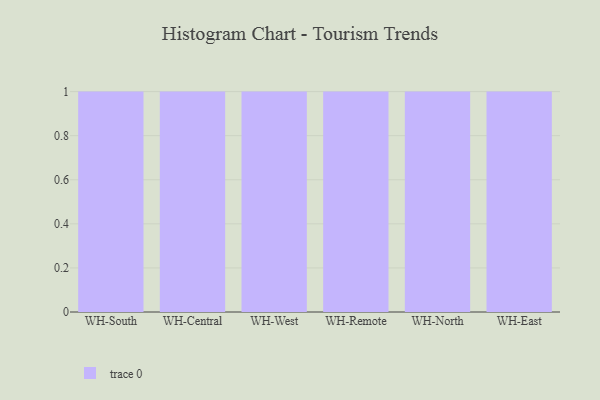
{"axis": {"x": "Warehouse", "y": "Inventory Turnover"}, "legend": [""], "data": [{"x": "WH-South", "y": 39, "type": ""}, {"x": "WH-Central", "y": 53, "type": ""}, {"x": "WH-West", "y": 55, "type": ""}, {"x": "WH-Remote", "y": 86, "type": ""}, {"x": "WH-North", "y": 18, "type": ""}, {"x": "WH-East", "y": 49, "type": ""}]}